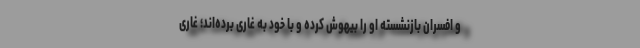
و افسران بازنشسته او را بیهوش کرده و با خود به غاری برده‌اند؛ غاری